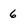
Character: 6